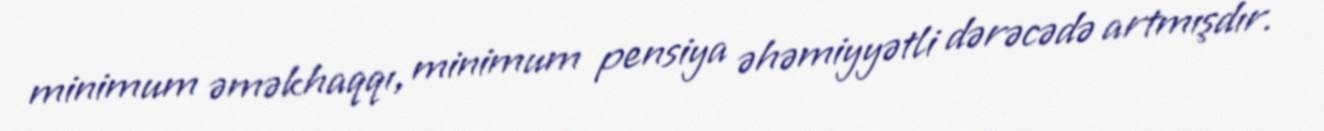
minimum əməkhaqqı, minimum pensiya əhəmiyyətli dərəcədə artmışdır.